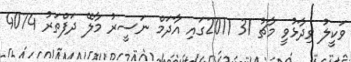
ވަކީލު ވިދާޅުވީ މާޗު 31 2011ގައި އާދަމް ނަސީރު މާލޭ ދަފްތަރު 4074